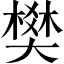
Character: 樊